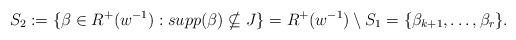
LaTeX: \begin{align*}S_{2}:=\{\beta\in R^{+}(w^{-1}): supp(\beta)\nsubseteq J \}=R^{+}(w^{-1})\setminus S_{1}=\{\beta_{k+1},\ldots, \beta_{r}\}.\end{align*}